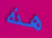
هذه